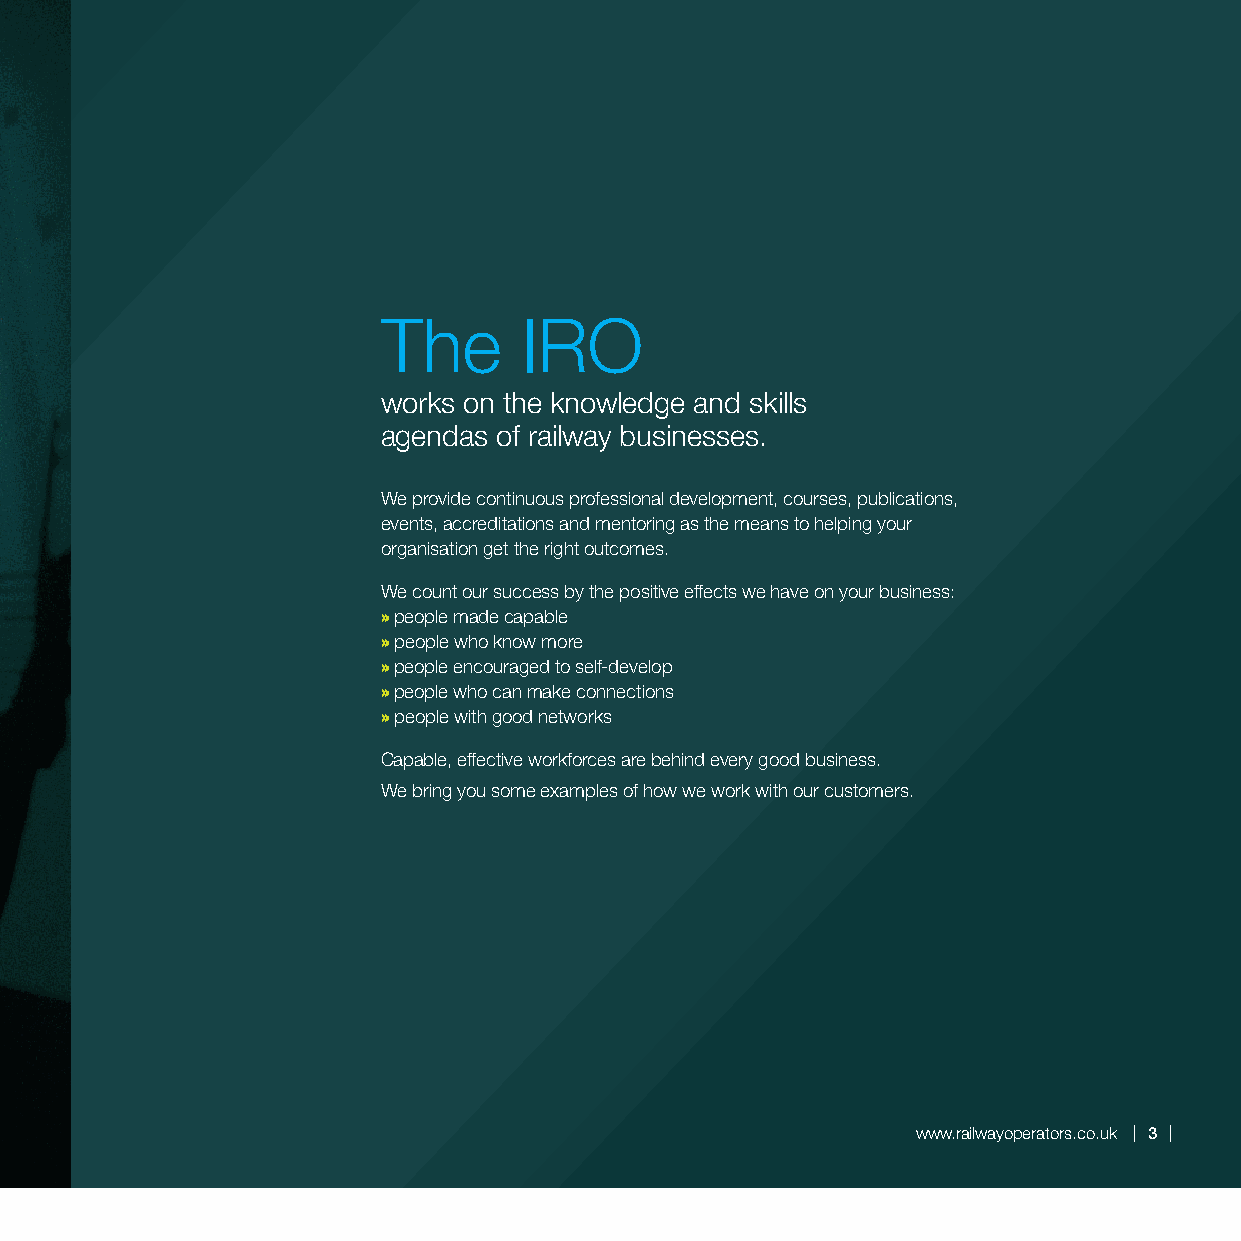
The       IRO
 works on the knowledge and skills
 agendas of railway businesses.
 We provide continuous professional development, courses, publications,
 events, accreditations and mentoring as the means to helping your
 organisation get the right outcomes.
 We count our success by the positive effects we have on your business:
 » people made capable
 » people who know more
 » people encouraged to self-develop
 » people who can make connections
 » people with good networks
 Capable, effective workforces are behind every good business.
 We bring you some examples of how we work with our customers.
 www.railwayoperators.co.uk 3